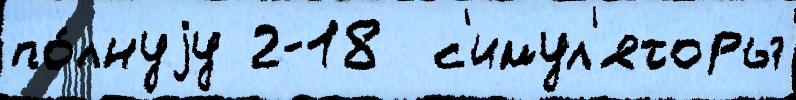
по́лнуjу 2-18  с'имул'яторы